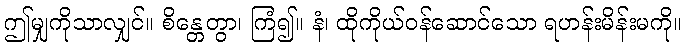
ဤမျှကိုသာလျှင်။ စိန္တေတွာ၊ ကြံ၍။ နံ၊ ထိုကိုယ်ဝန်ဆောင်သော ရဟန်းမိန်းမကို။